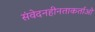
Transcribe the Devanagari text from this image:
संवेदनहीनताकर्ताओं